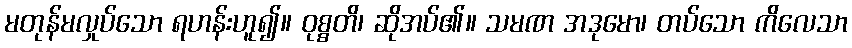
မတုန်မလှုပ်သော ရဟန်းဟူ၍။ ဝုစ္စတိ၊ ဆိုအပ်၏။ သမဏ အဒုမော၊ တပ်သော ကိလေသာ